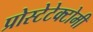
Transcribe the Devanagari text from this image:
प्रोस्टेटेक्टोमी